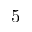
5